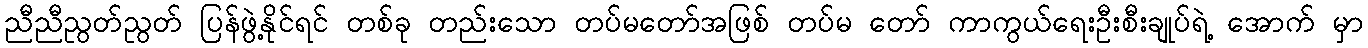
ညီညီညွတ်ညွတ် ပြန်ဖွဲ့နိုင်ရင် တစ်ခု တည်းသော တပ်မတော်အဖြစ် တပ်မ တော် ကာကွယ်ရေးဦးစီးချုပ်ရဲ့ အောက် မှာ